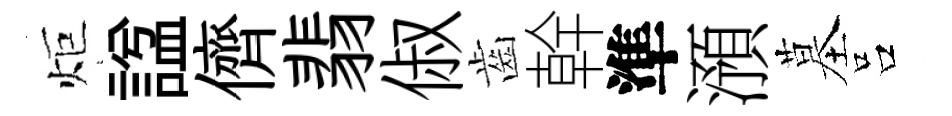
炬諡儕翡俶齒幹準澦墓吕